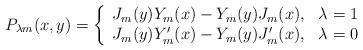
LaTeX: \begin{align*}P_{\lambda m}(x,y)=\left\{ \begin{array}{ll}J_m(y)Y_m(x)-Y_m(y)J_m(x), & \lambda =1 \\J_m(y)Y'_m(x)-Y_m(y)J'_m(x), & \lambda =0 \end{array} \right.\end{align*}